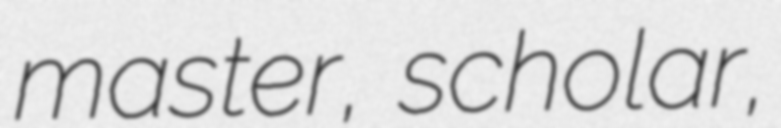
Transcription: master, scholar,